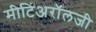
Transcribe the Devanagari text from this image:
मीटिअरॉलजी